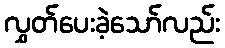
လွှတ်ပေးခဲ့သော်လည်း